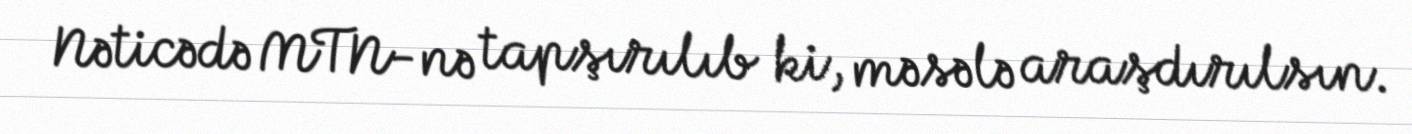
Nəticədə MTN-nə tapşırılıb ki, məsələ araşdırılsın.